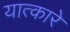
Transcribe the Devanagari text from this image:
यात्कारे